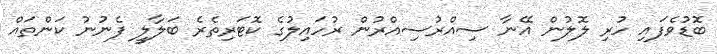
ބޮޑުވެފައި ހުރި ލޮލުން އޭނާ ސިއްރުސިއްރުން ރުހައިލުގެ ކޮޓަރިތެރެ ބަލާލީ ފެނުނު ކަންތައް